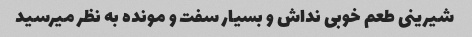
شیرینی طعم خوبی نداش و بسیار سفت و مونده به نظر میرسید